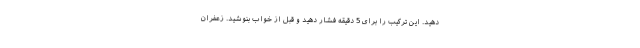
دهید. این ترکیب را برای 5 دقیقه فشار دهید و قبل از خواب بنوشید. زعفران